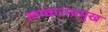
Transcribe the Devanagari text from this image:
लष्कराप्रमुख